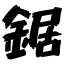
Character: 鋸